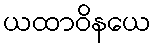
ယထာဝိနယေ